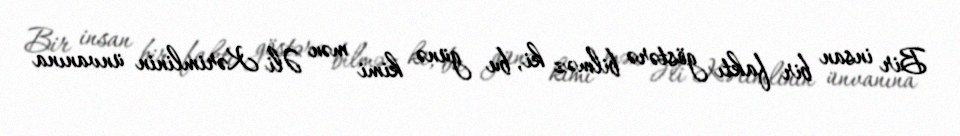
Bir insan bir faktı göstərə bilməz ki, bu günə kimi mən Əli Kərimlinin ünvanına